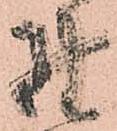
野